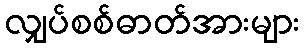
လျှပ်စစ်ဓာတ်အားများ